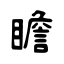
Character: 瞻